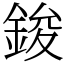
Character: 鋑